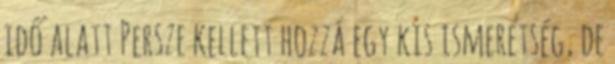
idő alatt Persze kellett hozzá egy kis ismeretség, de